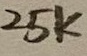
Text: 25K